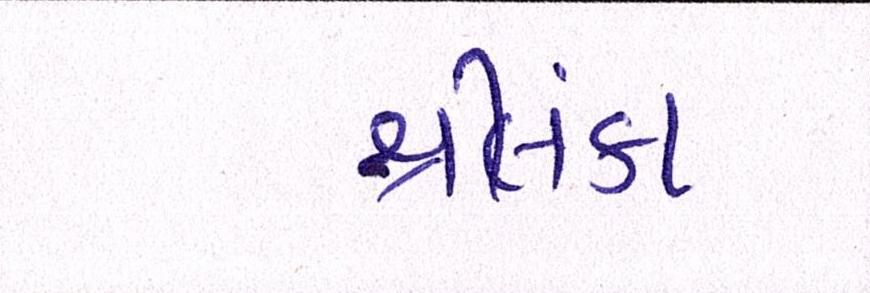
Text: શ્રીલંકા